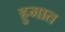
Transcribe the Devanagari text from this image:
हुमात